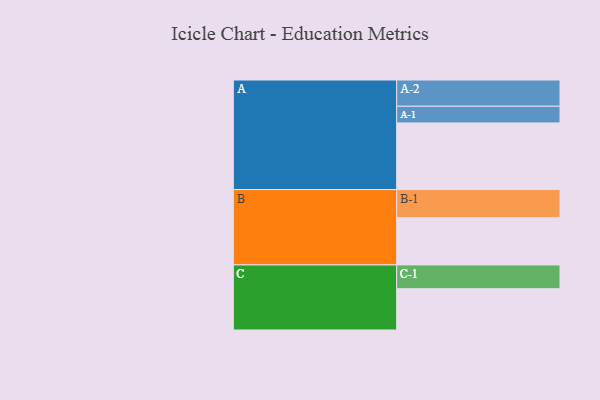
{"axis": {"x": "Segment", "y": "Value"}, "legend": ["", "A", "B", "C"], "data": [{"x": "A", "y": 518, "type": ""}, {"x": "B", "y": 368, "type": ""}, {"x": "C", "y": 321, "type": ""}, {"x": "A-1", "y": 130, "type": "A"}, {"x": "A-2", "y": 204, "type": "A"}, {"x": "B-1", "y": 218, "type": "B"}, {"x": "C-1", "y": 185, "type": "C"}]}